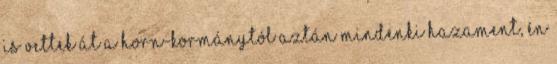
is vet­tek át a Horn-kor­mány­tól Aztán mindenki hazament, én